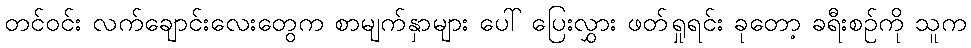
တင်ဝင်း လက်ချောင်းလေးတွေက စာမျက်နှာများ ပေါ် ပြေးလွှား ဖတ်ရှုရင်း ခုတော့ ခရီးစဉ်ကို သူက